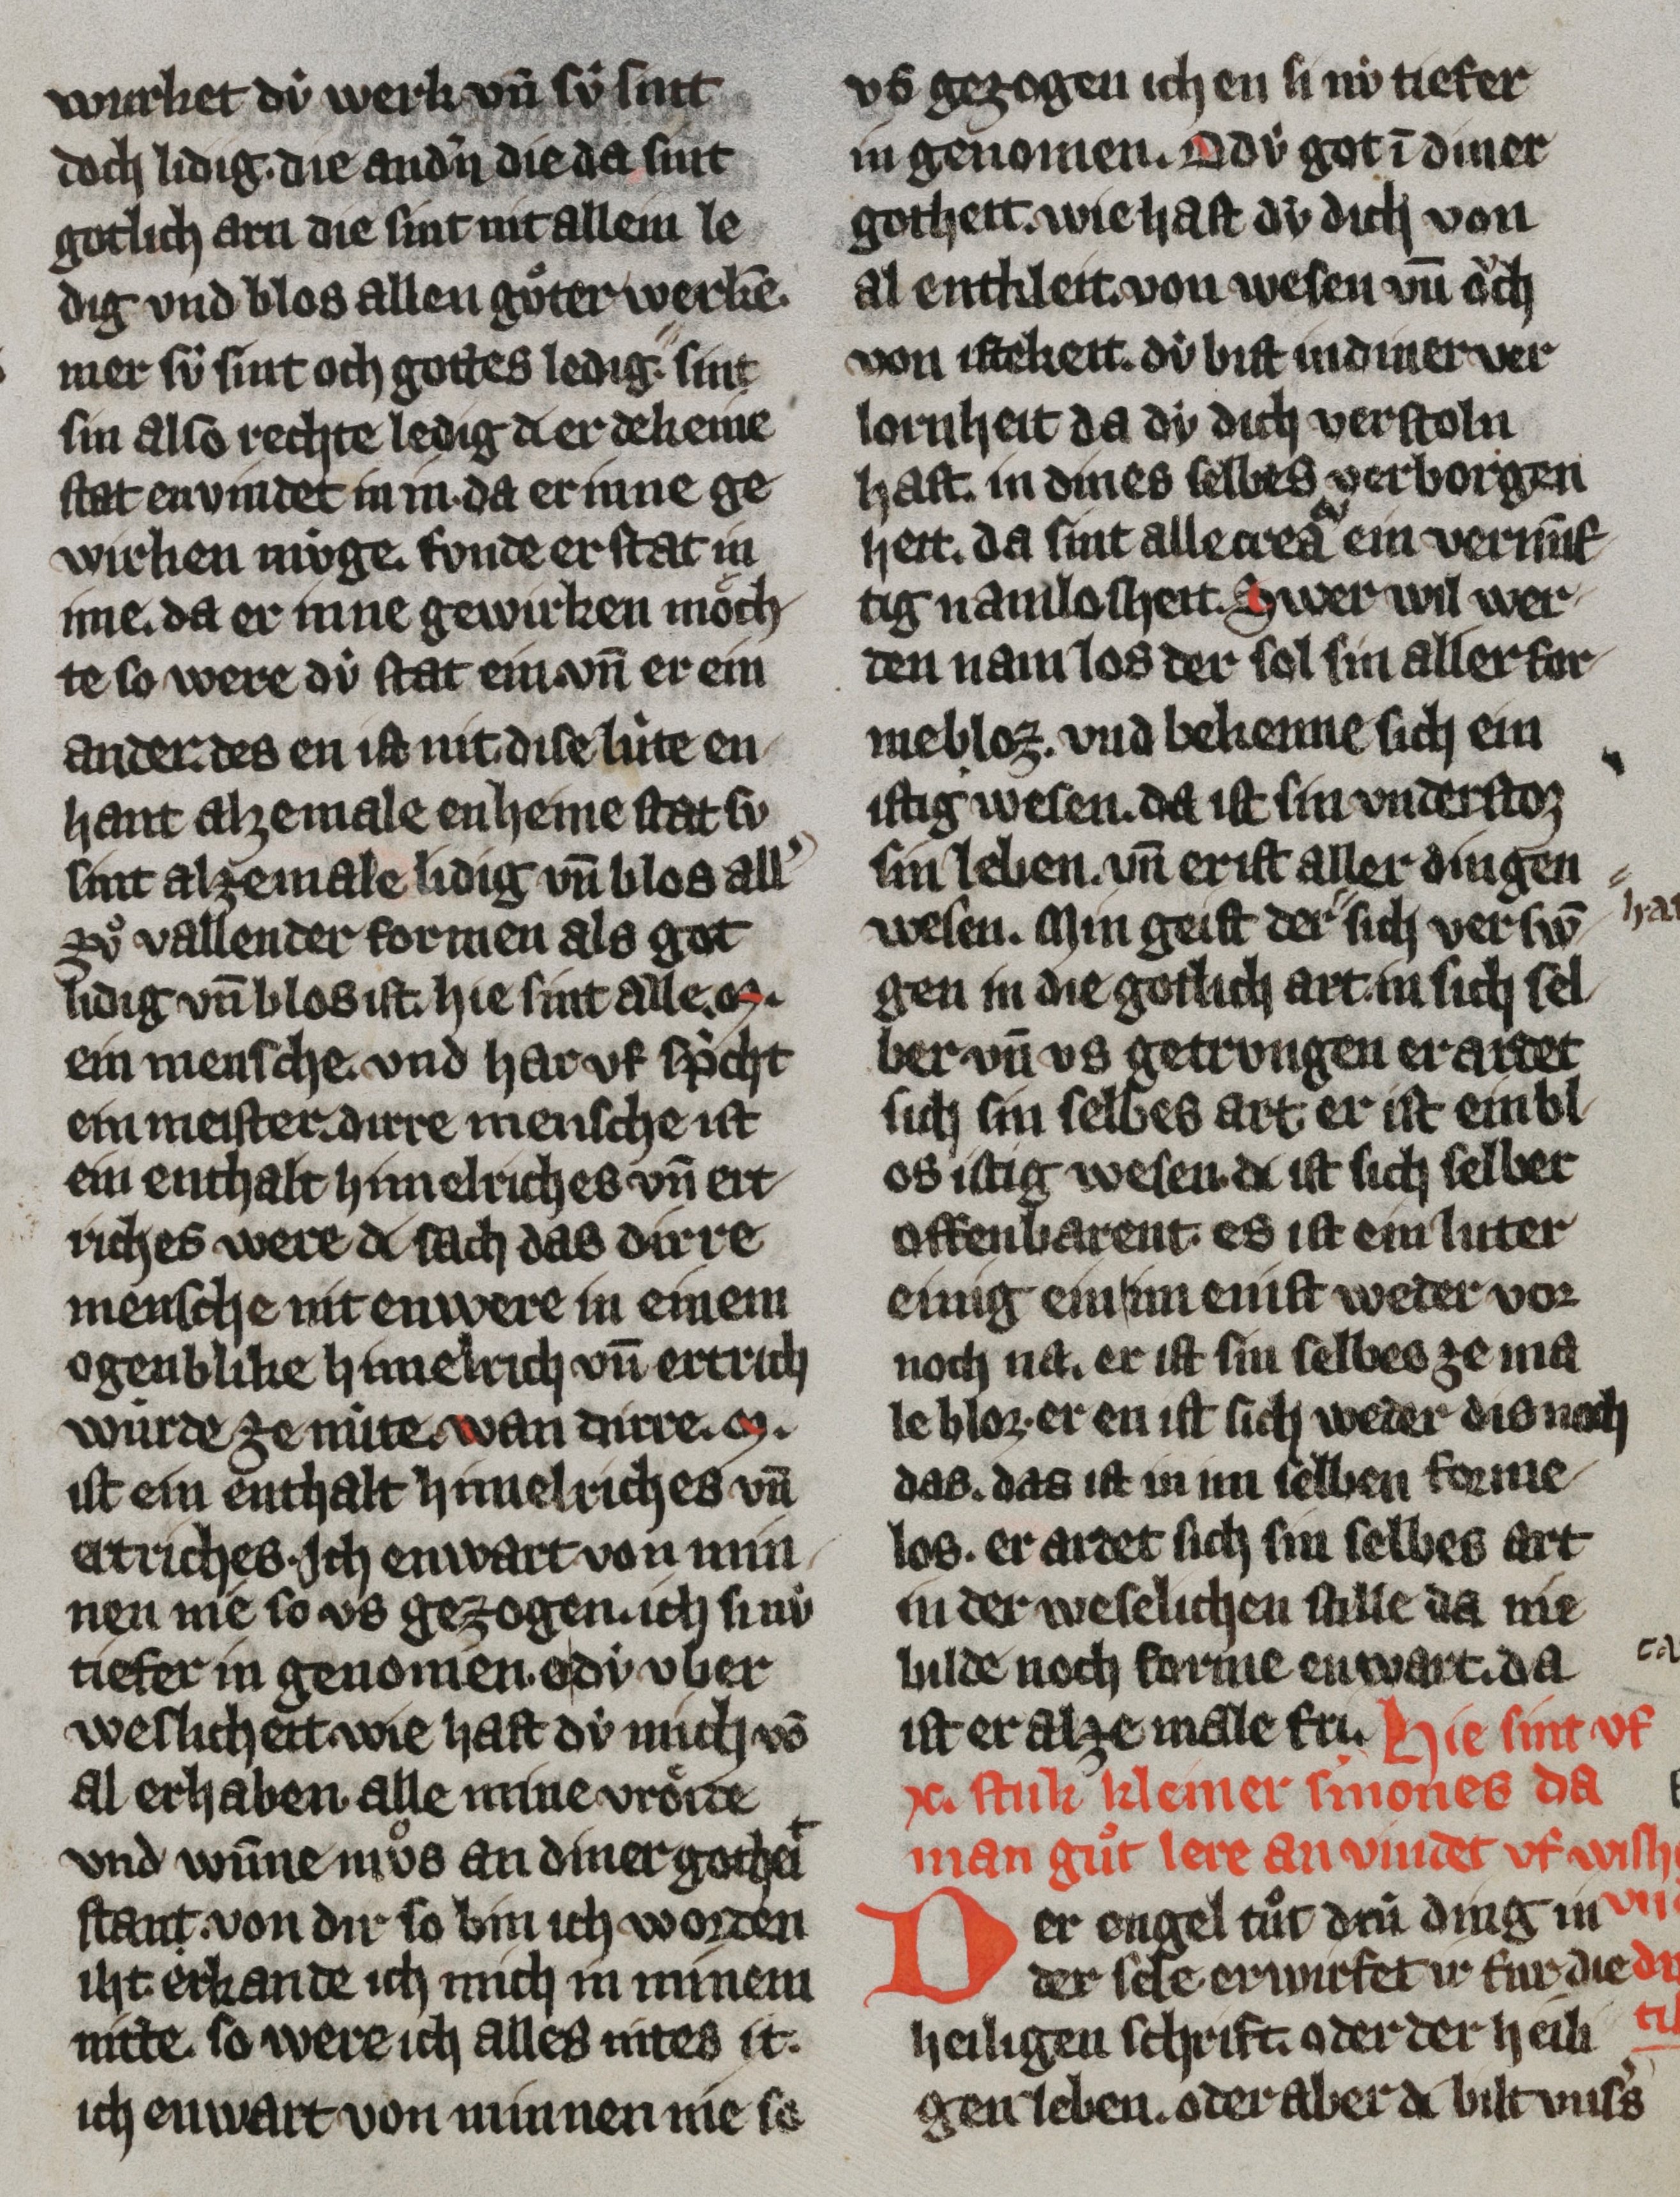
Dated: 1300–1399